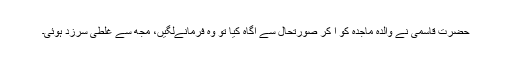
حضرت قاسمیؒ نے والدہ ماجدہ کو آ کر صورتحال سے آگاہ کیا تو وہ فرمانےلگیں، مجھ سے غلطی سرزد ہوئی۔